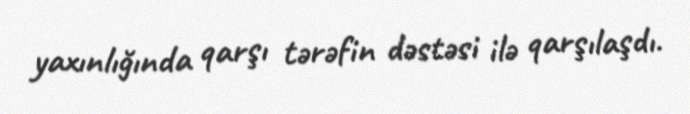
yaxınlığında qarşı tərəfin dəstəsi ilə qarşılaşdı.